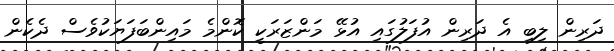
ދަރިން ލިބި އެ ދަރިން އުފަލުގައި އުޅޭ މަންޒަރަކީ ކޮންމެ މައިންބަފަޔަކުވެސް ދެކެން